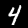
Digit: 4